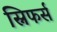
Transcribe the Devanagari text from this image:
स्निफर्स